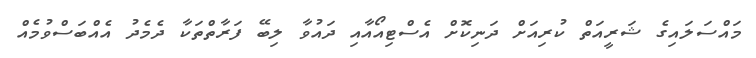
މައްސަލައިގެ ޝަރީއަތް ކުރިއަށް ދަނިކޮށް އެސްޓިއޯއާއި ދައުވާ ލިބޭ ފަރާތްތަކާ ދެމެދު އެއްބަސްވުމެއް